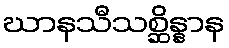
ဃာနသီသစ္ဆိန္နာန